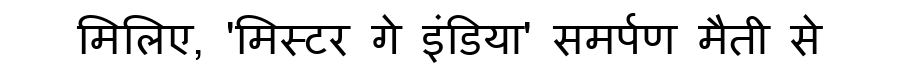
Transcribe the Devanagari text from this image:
मिलिए, 'मिस्टर गे इंडिया' समर्पण मैती से